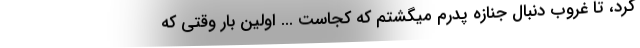
کرد، تا غروب دنبال جنازه پدرم میگشتم که کجاست ... اولین بار وقتی که